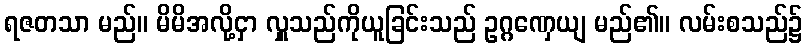
ရဇတသာ မည်။ မိမိအလို့ငှာ လှူသည်ကိုယူခြင်းသည် ဥဂ္ဂဏှေယျ မည်၏။ လမ်းစသည်၌